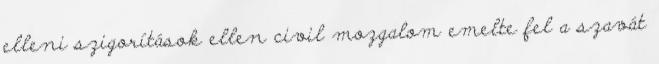
elleni szigorítások ellen civil mozgalom emelte fel a szavát